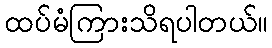
ထပ်မံကြားသိရပါတယ်။